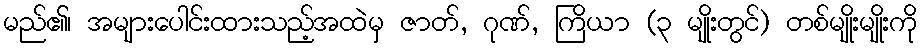
မည်၏၊ အများပေါင်းထားသည့်အထဲမှ ဇာတ်, ဂုဏ်, ကြိယာ (၃ မျိုးတွင်) တစ်မျိုးမျိုးကို